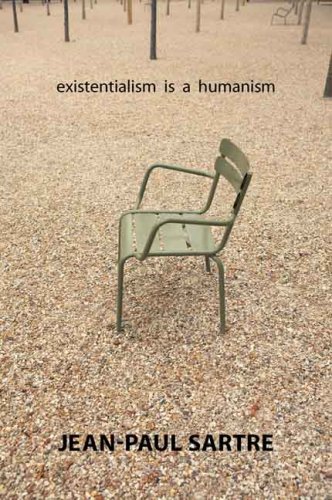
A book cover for Existentialism Is a Humanism; Jean-Paul Sartre; Literature & Fiction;